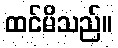
ထင်မိသည်။